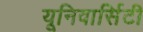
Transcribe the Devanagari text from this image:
यूनिवार्सिटी